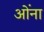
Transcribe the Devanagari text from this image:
ओंना